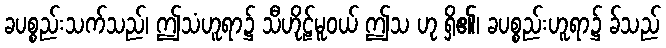
ခပစ္စည်းသက်သည်၊ ဤသံဟူရာ၌ သီဟိုဠ်မူဝယ် ဤသ ဟု ရှိ၏၊ ခပစ္စည်းဟူရာ၌ ခ်သည်